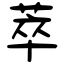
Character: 萃